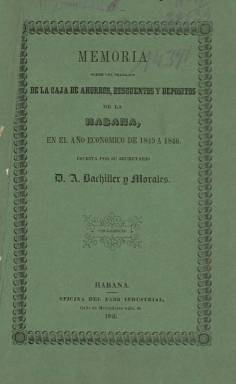
Título: Memoria sobre los trabajos de la Caja de Ahorros, Descuentos y Depósitos de La Habana
Otros títulos: Título: Memoria de la sesion celebrada en la Junta General de Accionistas de la Caja de Ahorros, Descuentos y Depósitos de la Habana, <1873>
Colección: Economía || Anuarios e informes
Ámbito geográfico: Cuba
Lugar de publicación: Habana
Fechas: 01/01/1845-31/12/1873

Corresponde a la memoria de la sesión de la Junta General de Accionistas, celebrada el seis de septiembre de 1873, en la que se reconstituye esta sociedad financiera cubana en su tercera época. Es un volumen de 43 páginas foliadas en el que se incluyen el Acta de dicha junta, de la que era presidente Agustín Valdés Aróstegui, conde de San Esteban de Cañongo, con el nombramiento de los nuevos órganos directivos, entre estos la Junta Directiva y los consiliarios; documentos, como el informe de una comisión nombrada por dicha junta sobre los fondos de reserva; la memoria del director de la entidad, Joaquín Limendoux, así como datos comparativos de sus últimos balances financieros. Esta Caja de Ahorros inició la publicación de sus informes en 1841, que también se pueden consultar en la Hemeroteca Digital de la Biblioteca Nacional de España. A partir de esta memoria de 1873, comprenderán años naturales. Esta caja fue la primera sociedad financiera fundada por la Hacienda española en las provincias de ultramar, en 1840, y liquidada en 1890 a causa de una crisis de la industria azucarera cubana.